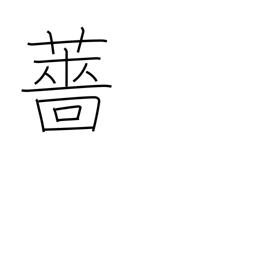
Meaning: water pepper